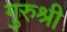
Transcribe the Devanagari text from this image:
गुरुश्री